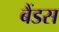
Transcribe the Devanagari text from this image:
बैंडस